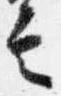
言